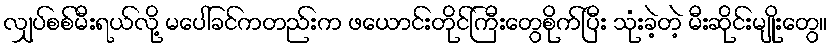
လျှပ်စစ်မီးရယ်လို့ မပေါ်ခင်ကတည်းက ဖယောင်းတိုင်ကြီးတွေစိုက်ပြီး သုံးခဲ့တဲ့ မီးဆိုင်းမျိုးတွေ။